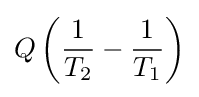
Q\left({\frac {1}{T_{2}}}-{\frac {1}{T_{1}}}\right)